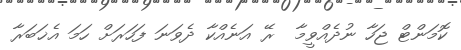
ކޮމަންޓް ޖަހާ ނުދެއްވީމާ  ރޭ އަނެއްކާ ދެވަނަ ފަހަރަށް ހަމަ އެޚަބަރާ